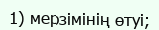
1) мерзімінің өтуі;